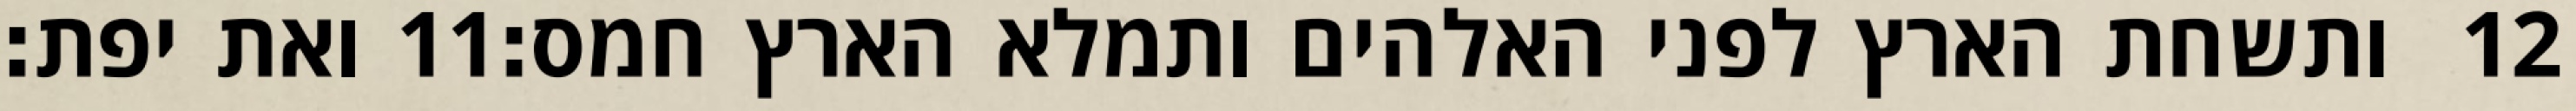
ואת יפת׃ ‎11‏ ותשחת הארץ לפני האלהים ותמלא הארץ חמס׃ ‎12‏